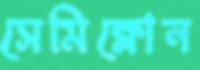
সেমিক্লোন